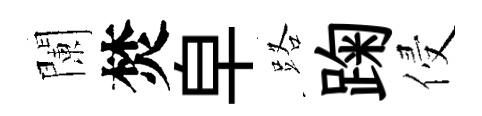
闌焚皁路踘侵